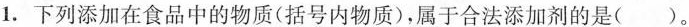
1. 下列添加在食品中的物质(括号内物质)，属于合法添加剂的是()。